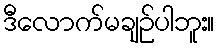
ဒီလောက်မချဉ်ပါဘူး။